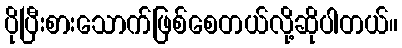
ပိုပြီးစားသောက်ဖြစ်စေတယ်လို့ဆိုပါတယ်။